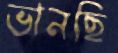
ভানছি